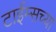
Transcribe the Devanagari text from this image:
टाईम्सच्या